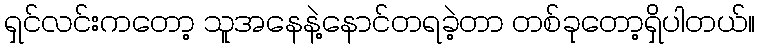
ရှင်လင်းကတော့ သူအနေနဲ့နောင်တရခဲ့တာ တစ်ခုတော့ရှိပါတယ်။